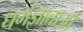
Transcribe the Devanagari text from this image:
धर्मज्ञाताओं